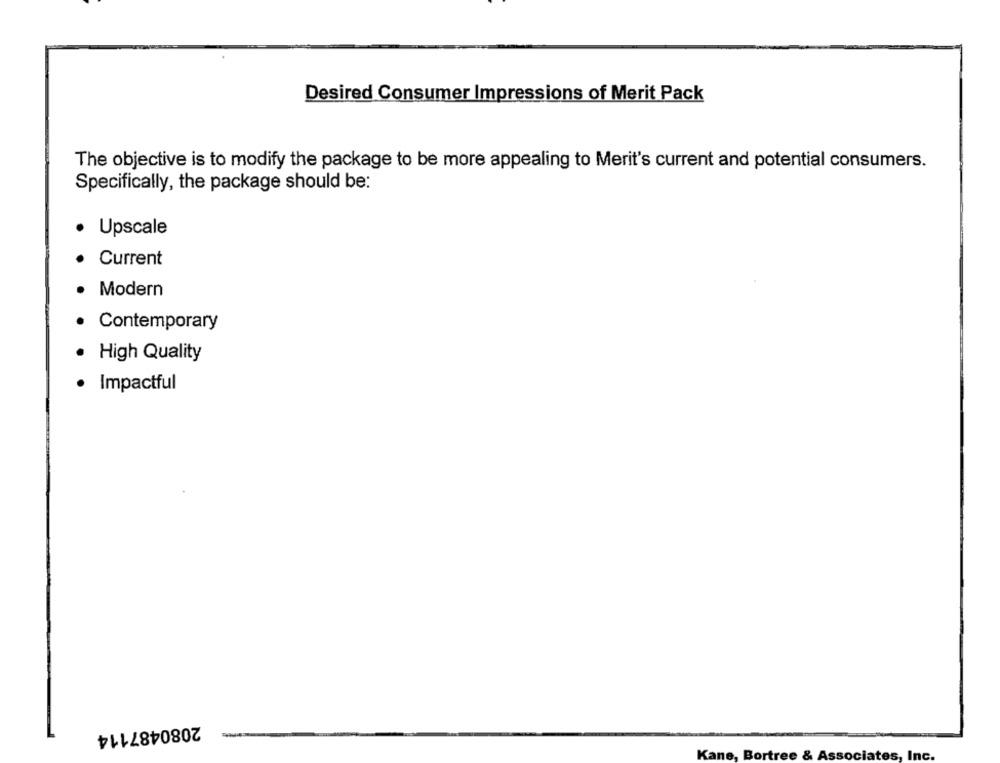
Desired Consumer Impressions of Merit Pack
The objective is to modify the package to be more appealing to Merit's current and potential consumers.
Specifically, the package should be:
Upscale
Current
Modern
Contemporary
· High Quality
· Impactful
2080487114
Kane, Bortree & Associates, Inc.